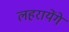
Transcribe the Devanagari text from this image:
लहरायेंगे